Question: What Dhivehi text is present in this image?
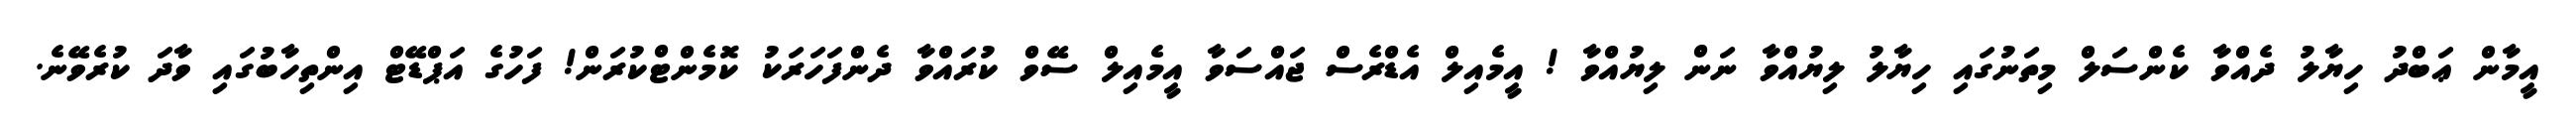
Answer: އީމާން ޢަބްދު ހިޔާލު ދެއްވާ ކެންސަލް މިތަނުގައި ހިޔާލު ލިޔުއްވާ ނަން ލިޔުއްވާ ! އީމެއިލް އެޑްރެސް ޖައްސަވާ އީމެއިލް ސޭވް ކުރައްވާ ދެންފަހަރަކު ކޮމެންޓްކުރަން! ފަހުގެ އަޕްޑޭޓް އިންތިހާބުގައި ވާދަ ކުރެވޭނެ.